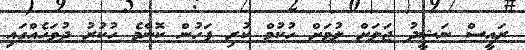
ރައީސް ނަޝީދު ޖަލަށް ލުމަށް ހުކުމް ކުރި ފަހުން ކޮންމެ ހުކުރު ދުވަހެއްގައި